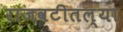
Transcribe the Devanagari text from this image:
राजवटीतल्या